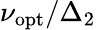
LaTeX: \nu_{\mathrm{opt}}/\Delta_{2}